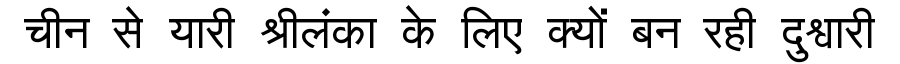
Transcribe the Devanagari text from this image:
चीन से यारी श्रीलंका के लिए क्यों बन रही दुश्वारी